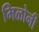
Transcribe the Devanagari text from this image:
मिळोनी